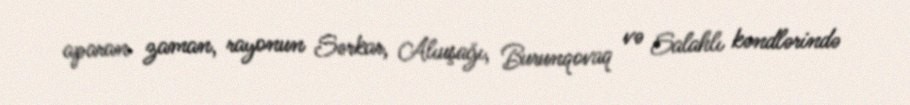
aparan zaman, rayonun Sərkar, Alıuşağı, Burunqovaq və Salahlı kəndlərində